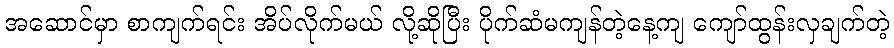
အဆောင်မှာ စာကျက်ရင်း အိပ်လိုက်မယ် လို့ဆိုပြီး ပိုက်ဆံမကျန်တဲ့နေ့ကျ ကျော်ထွန်းလှချက်တဲ့